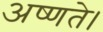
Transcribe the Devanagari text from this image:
अष्णते।